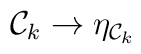
{\cal{C}}_{k} \to \eta_{{\cal{C}}_{k}}